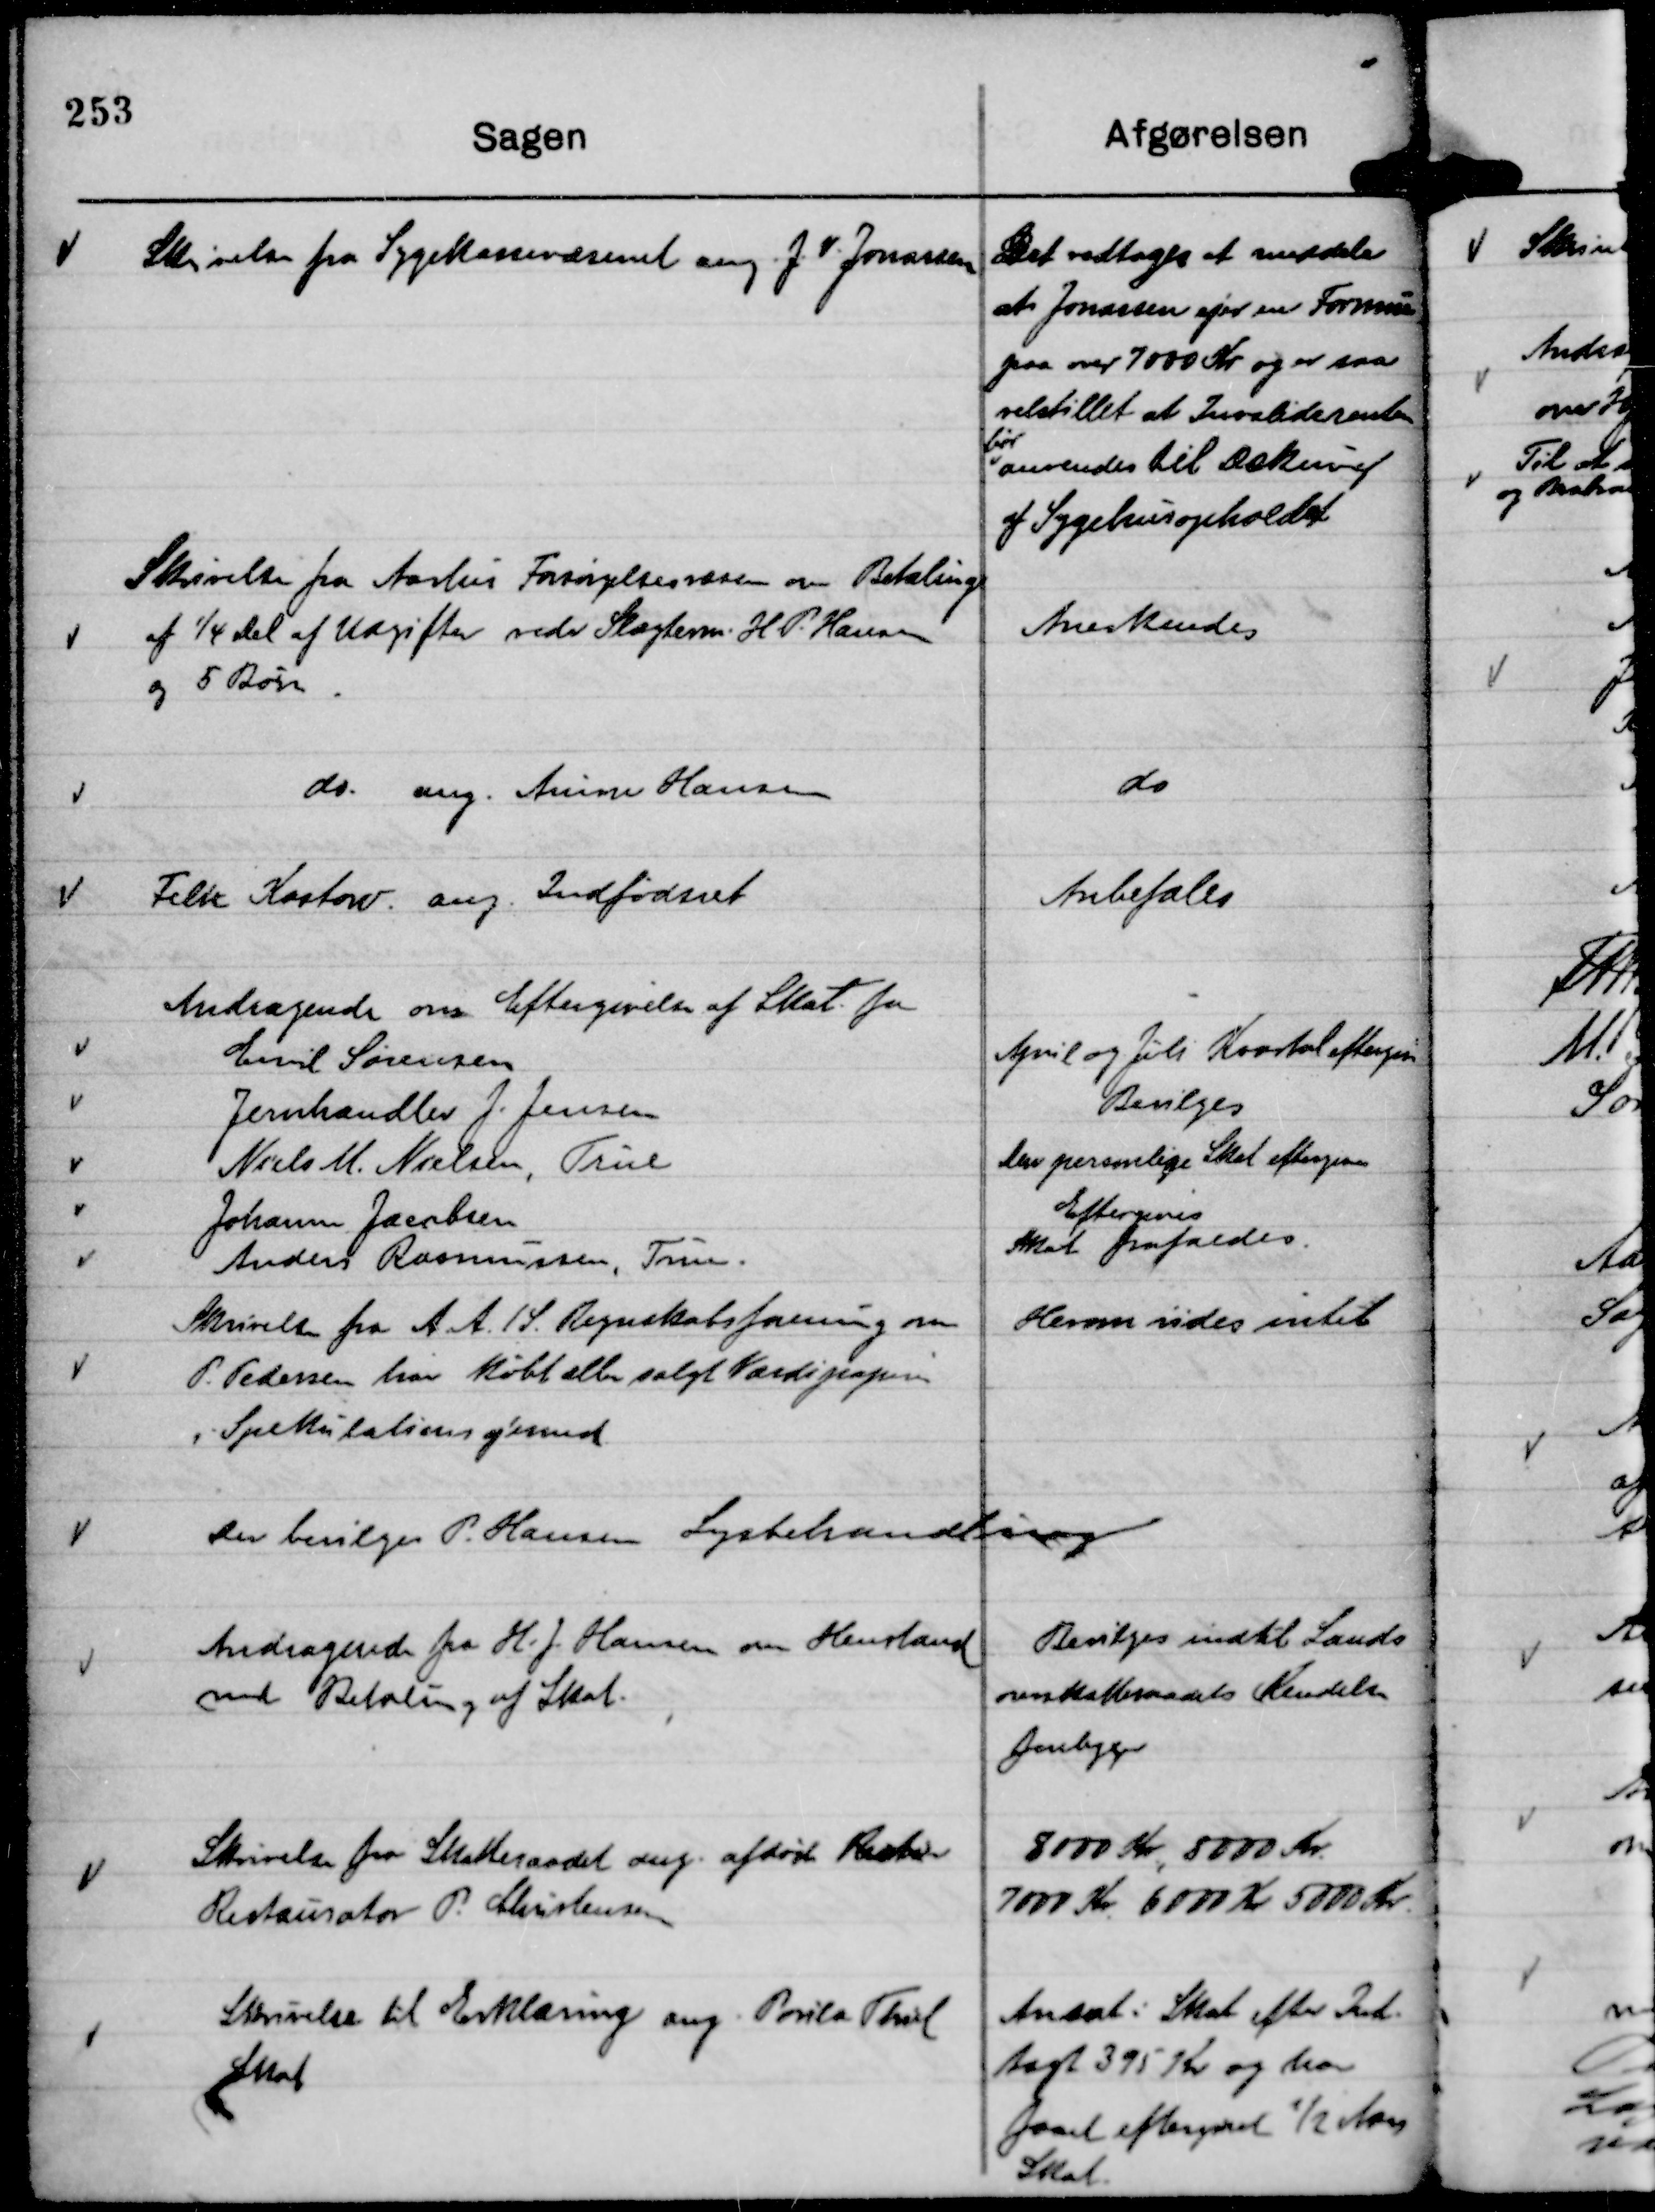
Transskription:
Skrivelse fra Sygekassevæsenet ang. J. v. Jonassen

Det vedtoges at meddele
at Jonassen ejer en Formue
paa over 7000 Kr og er saa
vedstillet at Invaliderenten
bør
anvendes til Dækning
af Sygehusopholdet

Skrivelse fra Aarhus Forsørgelsesvæsen om Betaling
af ¼ Del af Udgifter vedr Slagterm. H. P. Hansen
og 5 Børn.

Anerkendes

do ang. Anine Hansen

do

Felix Kostow ang. Indfødsret

Anbefales

Skrivelse fra A A. / S. Regnskabsforening om
P. Pedersen har købt eller solgt Værdipapirer
i Spekulationsøjemed.

Herom vides intet

Der bevilges P. Hansen Lysbehandling

Andragende fra H. J. Hansen om Henstand
med Betaling af Skat.

Bevilges indtil Lands
overskatteraadets Kendelse
foreligger

Skrivelse fra Skatteraadet ang. afdøde Resta
Restauratør P. Christensen

8000 Kr., 8000 Kr.
7000 Kr. 6000 Kr 5000 Kr.

Skrivelse til Erklæring ang. Poula Thiel
Skat

Ansat i Skat efter Ind-
tægt 395 Kr og har
faaet eftergivet ½ Aars
Skat.